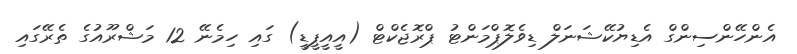
އެންހޭންސިންގް އެޑިޔުކޭޝަނަލް ޑިވެލޮޕްމަންޓު ޕްރޮޖެކްޓް (އީއީޕީޑީ) ގައި ހިމެނޭ 12 މަޝްރޫއުގެ ތެރޭގައި